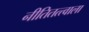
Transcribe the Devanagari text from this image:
नीतितत्त्वाला